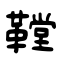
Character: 鞺